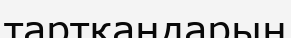
тартқандарын